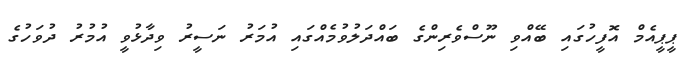
ޕީޕީއެމް އޮފީހުގައި ބޭއްވި ނޫސްވެރިންގެ ބައްދަލުވުމެއްގައި އުމަރު ނަސީރު ވިދާޅުވީ އުމުރު ދުވަހުގެ